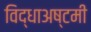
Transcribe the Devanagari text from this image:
विद्धाअष्टमी